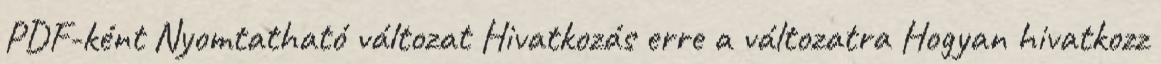
PDF-ként Nyomtatható változat Hivatkozás erre a változatra Hogyan hivatkozz